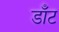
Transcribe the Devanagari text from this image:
डॉँट